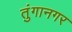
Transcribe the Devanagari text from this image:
तुंगानगर